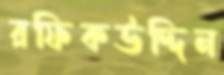
রফিকউদ্দিন